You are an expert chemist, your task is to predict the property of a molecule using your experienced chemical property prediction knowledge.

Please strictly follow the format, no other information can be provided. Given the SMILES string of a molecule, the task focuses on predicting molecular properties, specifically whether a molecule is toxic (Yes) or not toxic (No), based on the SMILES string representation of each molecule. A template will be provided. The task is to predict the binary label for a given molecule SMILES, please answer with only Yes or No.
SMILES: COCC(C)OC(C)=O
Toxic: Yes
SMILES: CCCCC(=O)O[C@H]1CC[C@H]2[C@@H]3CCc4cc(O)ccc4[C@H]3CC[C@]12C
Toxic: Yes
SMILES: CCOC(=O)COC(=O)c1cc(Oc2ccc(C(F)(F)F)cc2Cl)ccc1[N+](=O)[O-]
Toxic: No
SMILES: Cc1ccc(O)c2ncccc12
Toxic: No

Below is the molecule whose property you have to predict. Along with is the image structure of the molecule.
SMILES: Cc1ccc(Cl)cc1Cl
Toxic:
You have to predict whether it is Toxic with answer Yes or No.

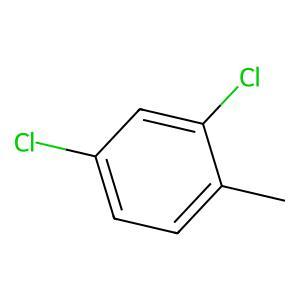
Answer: No